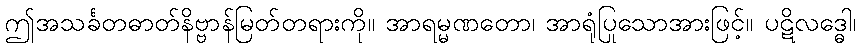
ဤအသင်္ခတဓာတ်နိဗ္ဗာန်မြတ်တရားကို။ အာရမ္မဏတော၊ အာရုံပြုသောအားဖြင့်။ ပဋိလဒ္ဓေါ၊